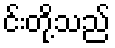
င်းတို့သည်